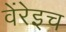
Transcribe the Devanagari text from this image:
वेंरेइच